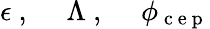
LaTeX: \epsilon\mathrm{~,~}\quad\Lambda\mathrm{~,~}\quad\phi_{\mathrm{~c~e~p~}}